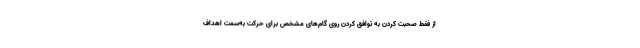
از فقط صحبت کردن به توافق کردن روی گام‌های مشخص برای حرکت به‌سمت اهداف